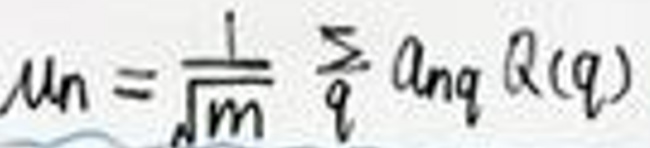
$\mu_n=\frac{1}{\sqrt{m}}\sum_{q} a_{nq} \mathcal{Q}(q)$